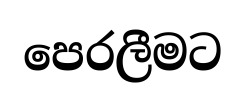
පෙරලීමට